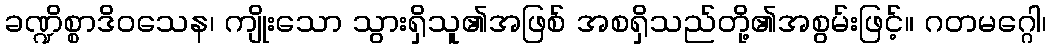
ခဏ္ဍိစ္စာဒိဝသေန၊ ကျိုးသော သွားရှိသူ၏အဖြစ် အစရှိသည်တို့၏အစွမ်းဖြင့်။ ဂတမဂ္ဂေါ၊